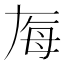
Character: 𬆶